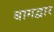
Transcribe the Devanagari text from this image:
बागद्वार